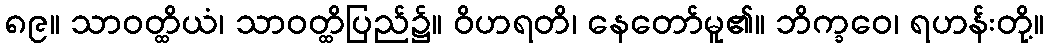
၈၉။ သာဝတ္ထိယံ၊ သာဝတ္ထိပြည်၌။ ဝိဟရတိ၊ နေတော်မူ၏။ ဘိက္ခဝေ၊ ရဟန်းတို့။